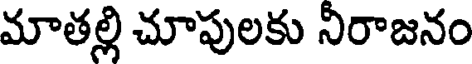
మాతల్లి చూపులకు నిరాజనం